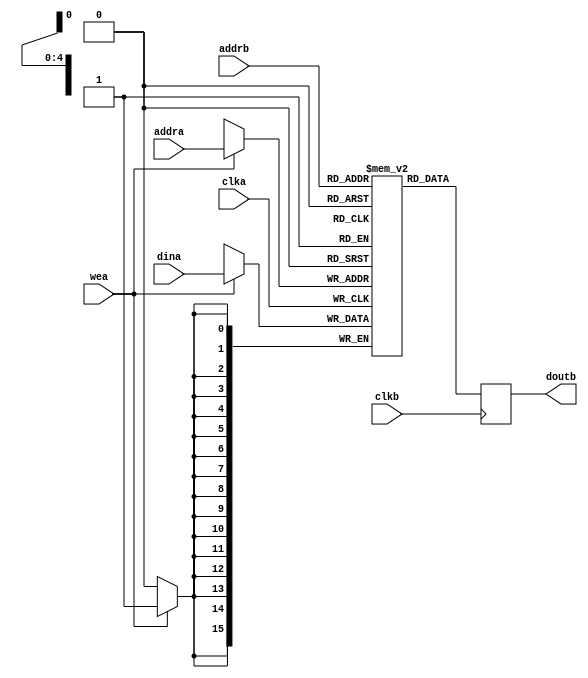
module mem (

  clka,
  wea,
  addra,
  dina,

  clkb,
  addrb,
  doutb);

  parameter       DATA_WIDTH = 16;
  parameter       ADDR_WIDTH =  5;
  localparam      DW = DATA_WIDTH - 1;
  localparam      AW = ADDR_WIDTH - 1;

  input           clka;
  input           wea;
  input   [AW:0]  addra;
  input   [DW:0]  dina;

  input           clkb;
  input   [AW:0]  addrb;
  output  [DW:0]  doutb;

  reg     [DW:0]  m_ram[0:((2**ADDR_WIDTH)-1)];
  reg     [DW:0]  doutb;

  always @(posedge clka) begin
    if (wea == 1'b1) begin
      m_ram[addra] <= dina;
    end
  end

  always @(posedge clkb) begin
    doutb <= m_ram[addrb];
  end

endmodule